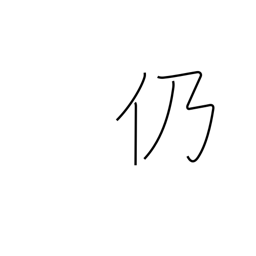
Meaning: consequently